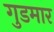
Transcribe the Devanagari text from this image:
गुडमार